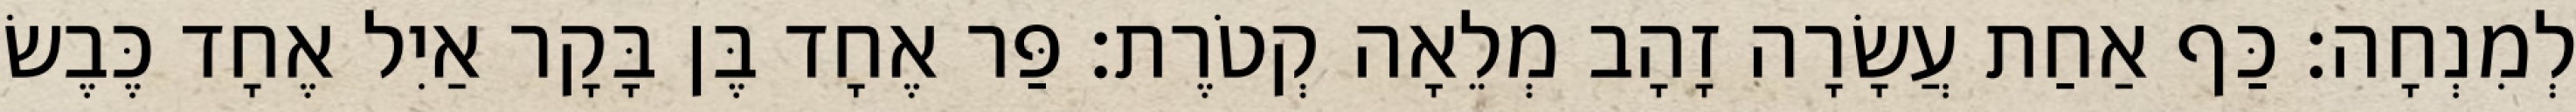
לְמִנְחָה׃ כַּף אַחַת עֲשָׂרָה זָהָב מְלֵאָה קְטֹרֶת׃ פַּר אֶחָד בֶּן בָּקָר אַיִל אֶחָד כֶּבֶשׂ